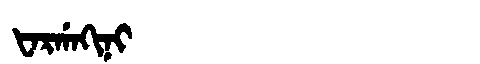
Manchu: ᡶᠠᡵᡤᠠᡴᡳᠨᡳ
Romanization: FARGAKINI